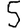
Digit: 5